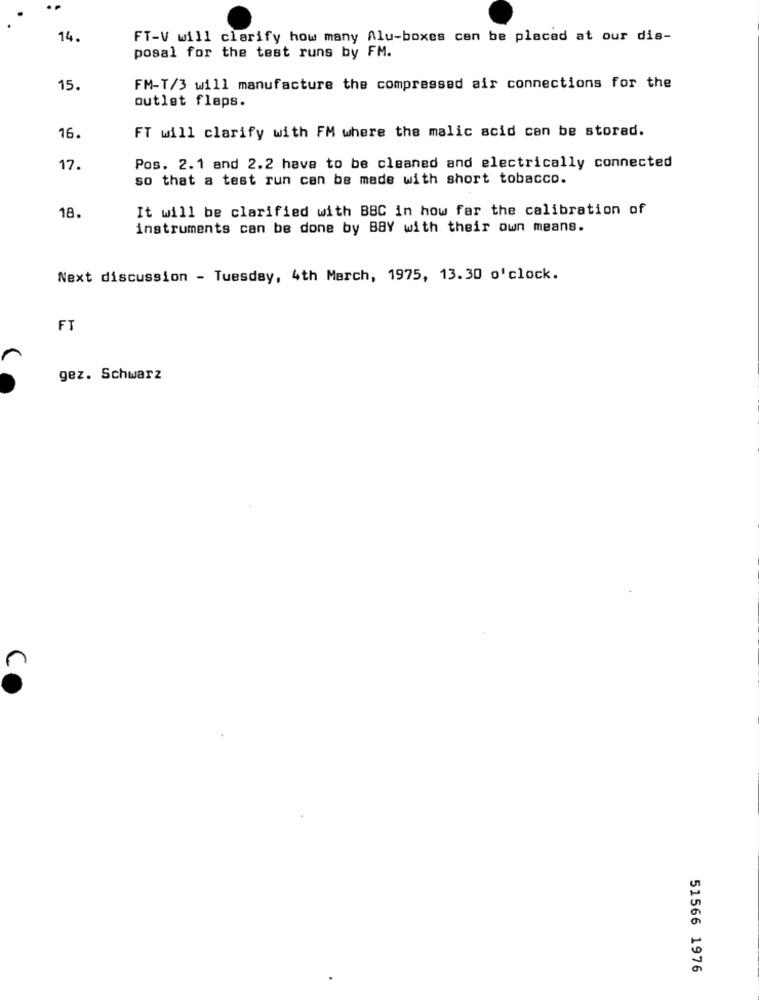
14.
FT-V will clarify how many Alu-boxes can be placed at our dis-
posal for the test runs by FM.
15.
FM-T/3 will manufacture the compressed air connections for the
outlet flaps.
FT will clarify with FM where the malic acid can be storad.
16.
17.
Pos. 2.1 and 2.2 have to be cleaned and electrically connected
so that a test run can be made with short tobacco.
It will be clarified with BBC in how far the calibration of
18.
instruments can be done by BBY with their own means.
Next discussion - Tuesday, 4th March, 1975, 13.30 o'clock.
FT
gez. Schwarz
n
51566 1976